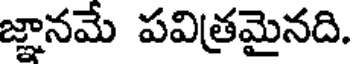
జ్ఞానమే పవిత్రమైనది.